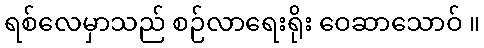
ရစ်လေမှာသည် စဉ်လာရေးရိုး ဝေဆာသောဝ် ။